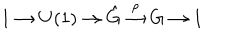
1 \to U ( 1 ) \to \hat { G } \stackrel { \rho } { \to } G \to 1